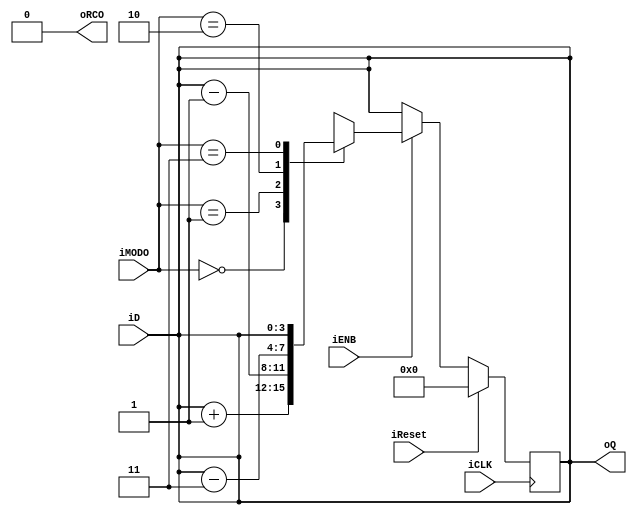
//-----------------------------------------------------
// Tarea 2     : contador binario sincrnico
// Archivo     : contador.v
// Descripcion : contador de 4 bits con tres diferentes MODOs de operacion
// Estudiante  : Mario Castresana Avendao A41267
//-----------------------------------------------------
`timescale 1ns / 1ps

module contador  # (parameter N = 4) 
 (
output reg [N-1:0] oQ=0,      // salida Q del contador, valor inicial 0
input wire         iENB,
input wire [1:0]   iMODO,         // MODO de operacin
input wire         iCLK,          // CLK input
input wire         iReset,         // reset input
input wire [N-1:0] iD,         // valor deseado de precarga
output reg         oRCO

);

//-------------Aqu comienza el mdulo------

wire [N-1:0] defVal = {N{1'b0}};

//siempre precargar un valor sin necesidad de esperar por el posedge

always@(iMODO==2'b11)
begin
    {oRCO,oQ} <= {1'b0,iD};
end //always combinacional



always @(posedge iCLK)
begin
	if (iReset) 
	begin                // resetear contador
	  oQ <= 0 ;
	end 
	else 
		if (iENB)
		begin
			case (iMODO)
				2'b00: {oRCO,oQ} <= oQ + 1;       // contar ascendente
		 		2'b01: {oRCO,oQ} <= oQ - 1;       // contar descendente
			        2'b10: {oRCO,oQ} <= oQ - 3;       // 3en3 descendente
				2'b11: {oRCO,oQ} <= {1'b0,iD};             // usar numero precargado
				default: {oRCO,oQ} <= {1'b0, defVal};
			endcase
		end
			
end// always
endmodule